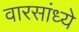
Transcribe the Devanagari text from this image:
वारसांध्ये